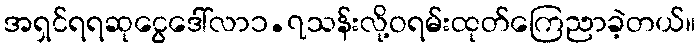
အရှင်ရရဆုငွေဒေါ်လာ၁.၇သန်းလို့ဝရမ်းထုတ်ကြေညာခဲ့တယ်။